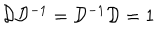
{ \cal D } { \cal D } ^ { - 1 } = { \cal D } ^ { - 1 } { \cal D } = 1